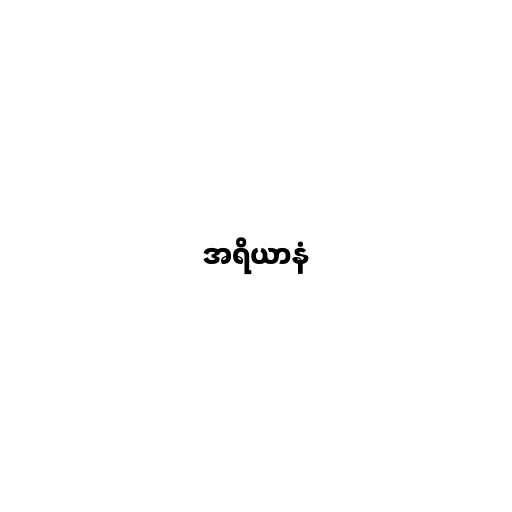
အရိယာနံ